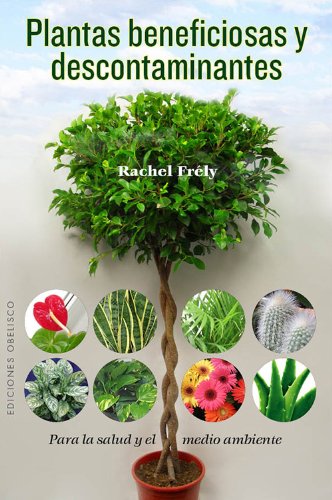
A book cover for Plantas beneficiosas y descontaminantes (Coleccion Salud y Vida Natural) (Spanish Edition); Rachel Frely; Crafts, Hobbies & Home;